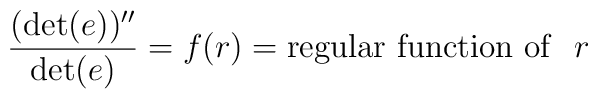
{(\det (e))''\over \det (e)}=f(r)={\rm regular~function~of }~~r